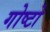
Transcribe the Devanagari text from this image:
गोष्टो